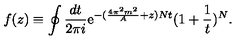
f ( z ) \equiv \oint \frac { d t } { 2 \pi i } \mathrm { e } ^ { - ( \frac { 4 \pi ^ { 2 } m ^ { 2 } } { A } + z ) N t } ( 1 + \frac { 1 } { t } ) ^ { N } .